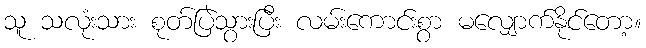
သူ သလုံးသား စုတ်ပြဲသွားပြီး လမ်းကောင်းစွာ မလျှောက်နိုင်တော့။